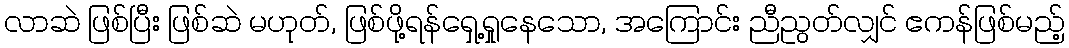
လာဆဲ ဖြစ်ပြီး ဖြစ်ဆဲ မဟုတ်, ဖြစ်ဖို့ရန်ရှေ့ရှုနေသော, အကြောင်း ညီညွတ်လျှင် ဧကန်ဖြစ်မည့်